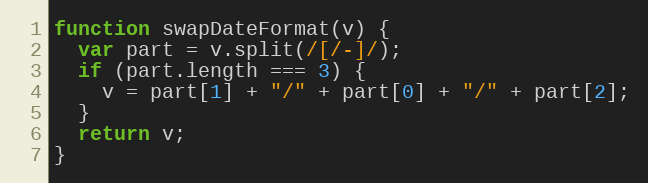
Language: JavaScript
function swapDateFormat(v) {
  var part = v.split(/[/-]/);
  if (part.length === 3) {
    v = part[1] + "/" + part[0] + "/" + part[2];
  }
  return v;
}